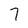
Character: 7